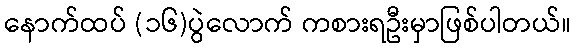
နောက်ထပ် (၁၆)ပွဲလောက် ကစားရဦးမှာဖြစ်ပါတယ်။